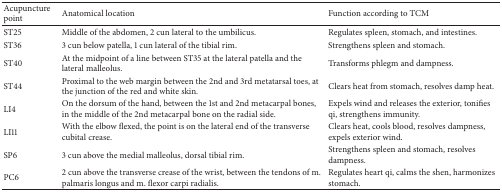
<table><thead><tr><td><b>Acupuncture point</b></td><td><b>Anatomical location</b></td><td><b>Function according to TCM</b></td></tr></thead><tbody><tr><td>ST25</td><td>Middle of the abdomen, 2 cun lateral to the umbilicus.</td><td>Regulates spleen, stomach, and intestines.</td></tr><tr><td>ST36</td><td>3 cun below patella, 1 cun lateral of the tibial rim.</td><td>Strengthens spleen and stomach.</td></tr><tr><td>ST40</td><td>At the midpoint of a line between ST35 at the lateral patella and the lateral malleolus.</td><td>Transforms phlegm and dampness.</td></tr><tr><td>ST44</td><td>Proximal to the web margin between the 2nd and 3rd metatarsal toes, at the junction of the red and white skin.</td><td>Clears heat from stomach, resolves damp heat.</td></tr><tr><td>LI4</td><td>On the dorsum of the hand, between the 1st and 2nd metacarpal bones, in the middle of the 2nd metacarpal bone on the radial side.</td><td>Expels wind and releases the exterior, tonifies qi, strengthens immunity.</td></tr><tr><td>LI11</td><td>With the elbow flexed, the point is on the lateral end of the transverse cubital crease.</td><td>Clears heat, cools blood, resolves dampness, expels exterior wind.</td></tr><tr><td>SP6</td><td>3 cun above the medial malleolus, dorsal tibial rim.</td><td>Strengthens spleen and stomach, resolves dampness.</td></tr><tr><td>PC6</td><td>2 cun above the transverse crease of the wrist, between the tendons of m. palmaris longus and m. flexor carpi radialis. </td><td>Regulates heart qi, calms the shen, harmonizes stomach. </td></tr></tbody></table>